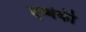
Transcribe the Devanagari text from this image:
एम्बेकी